Source: Handwritten
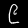
Digit: ၉ (9)